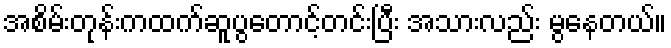
အစိမ်းတုန်းကထက်ဆူပွတောင့်တင်းပြီး အသားလည်း မွနေတယ်။